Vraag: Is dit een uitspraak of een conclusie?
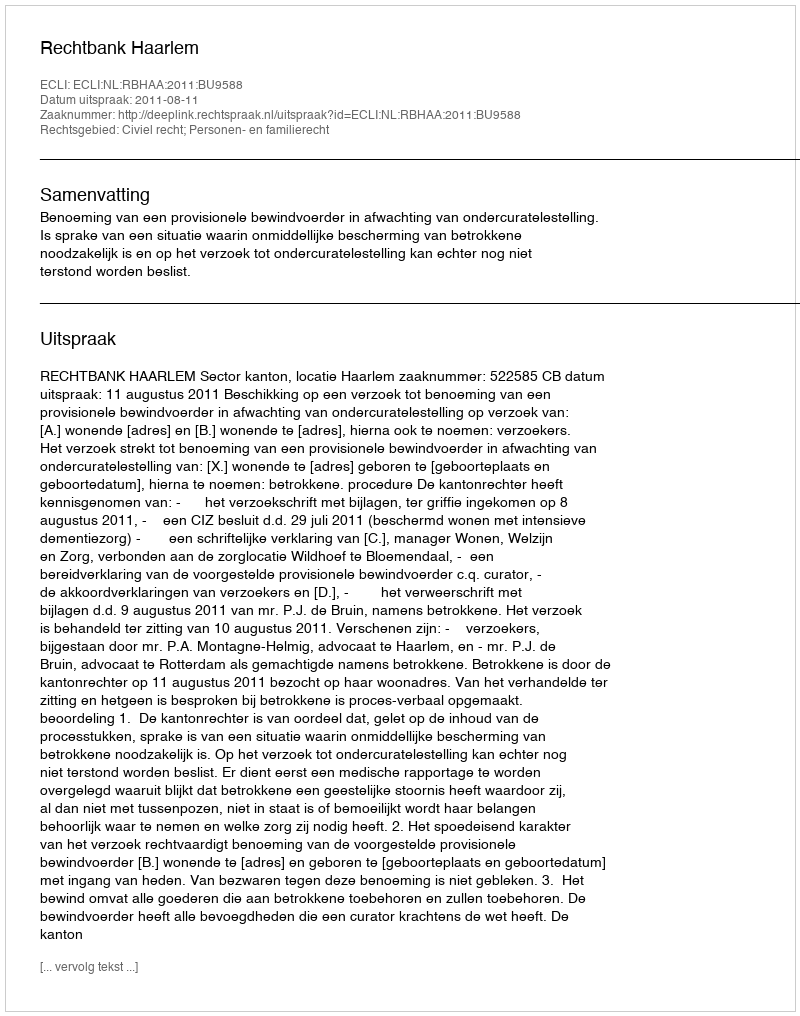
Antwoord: Uitspraak